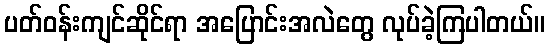
ပတ်ဝန်းကျင်ဆိုင်ရာ အပြောင်းအလဲတွေ လုပ်ခဲ့ကြပါတယ်။